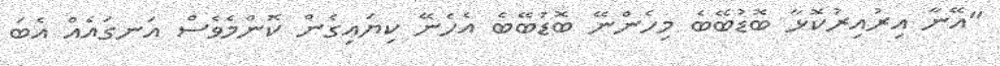
"އޭނާ އިރުއިރުކޮޅާ ބޮޑުބޭބެ މިހެންނޭ ބޮޑުބޭބެ އެހެނޭ ކިޔައިގެން ކޮންމެވެސް އަނގައެއް އެބަ